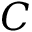
C